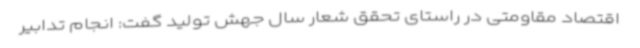
اقتصاد مقاومتی در راستای تحقق شعار سال جهش تولید گفت: انجام تدابیر